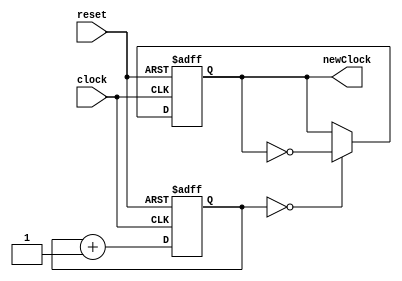
module NewClockGenerator (clock, reset, newClock);

input wire clock, reset;
output reg newClock;

reg [2:0]counterClock;

always @ (posedge clock or posedge reset)
begin
	if (reset == 1)
		begin
			newClock <= 0;
			counterClock <= 0;
		end
	else
		begin
			counterClock <= counterClock + 3'b001;
			if (counterClock == 3'b000) newClock <= ~newClock;
		end
end
endmodule